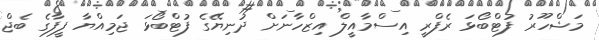
މަޝްހޫރު ފުޓްބޯޅަ ރެފްރީ އިސްމާއީލް އިޒްހާނަށް ދުނިޔޭގެ ފުޓްބޯޅަ ޖަމިއްޔާ ފީފާގެ ބެޖް